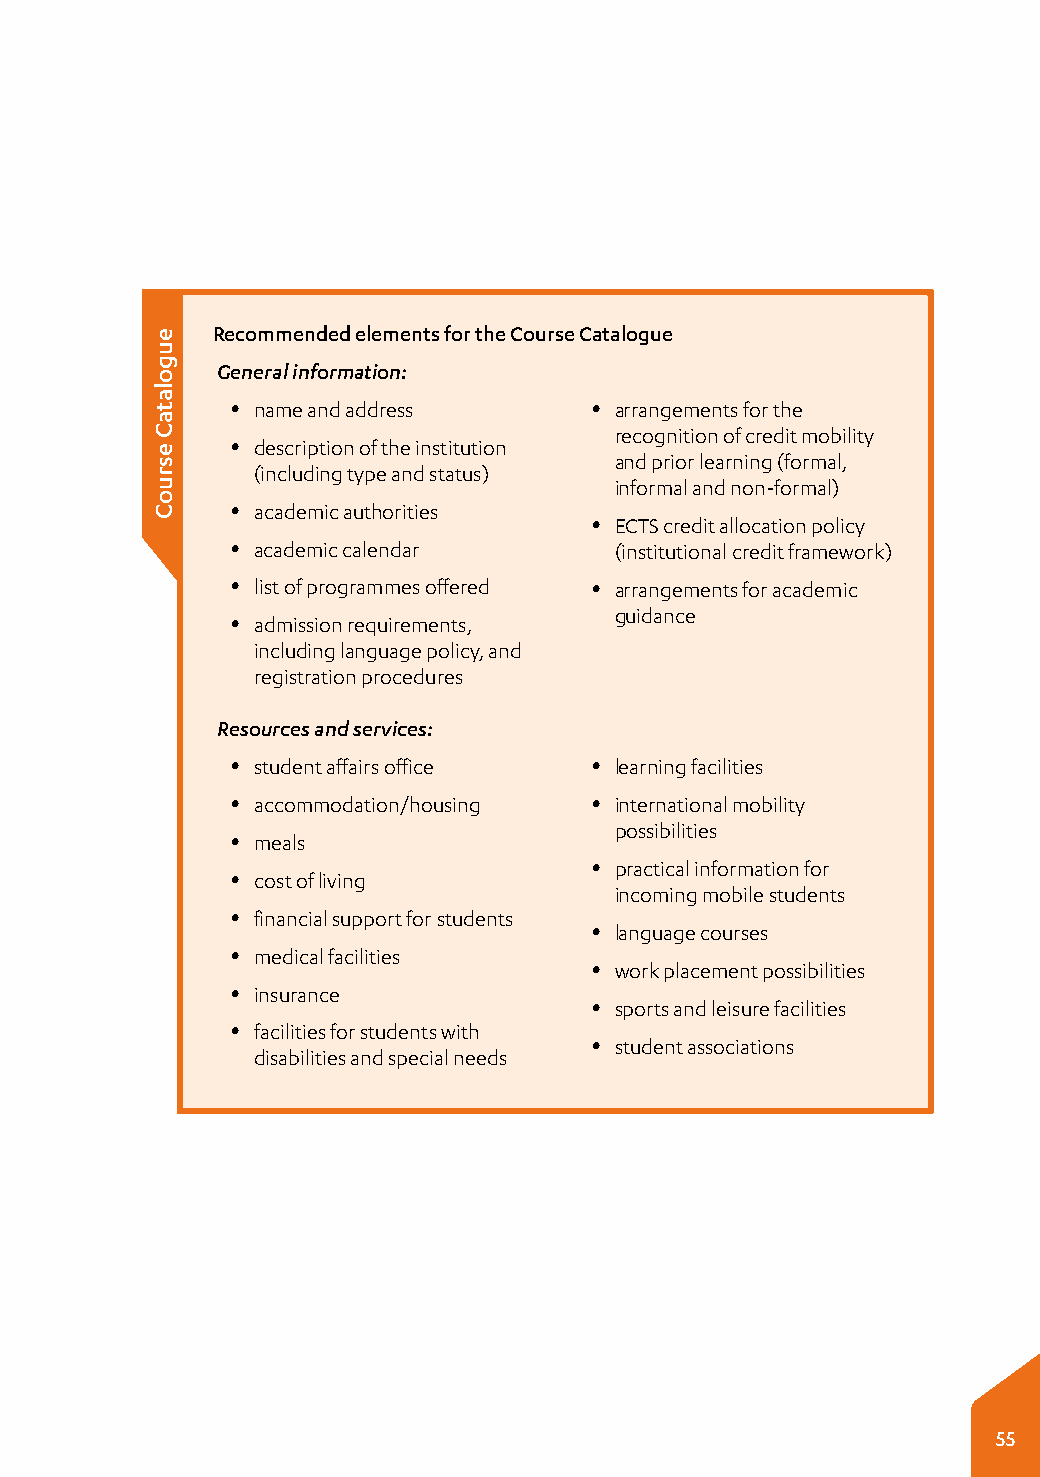
Recommended elements for the Course Catalogue
 General information:
 y name and address      y arrangements for the
 recognition of credit mobility
 y description of the institution
 and prior learning (formal,
 (including type and status)
 informal and non-formal)
 y academic authorities
 y ECTS credit allocation policy
 y academic calendar       (institutional credit framework)
 y list of programmes offered y arrangements for academic
 guidance
 y admission requirements,
 including language policy, and
 registration procedures
 Resources and services:
 y student affairs office y learning facilities
 y accommodation/housing y international mobility
 possibilities
 y meals
 y practical information for
 y cost of living
 incoming mobile students
 y financial support for students
 y language courses
 y medical facilities
 y work placement possibilities
 y insurance
 y sports and leisure facilities
 y facilities for students with
 y student associations
 disabilities and special needs
 55
 eugolataC
 esruoC